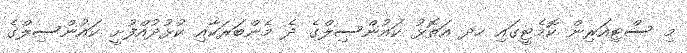
މި ސްޓިއަރިން ކޮމެޓީގައި ހދ އަތޮޅު ކައުންސިލްގެ ދެ މެންބަރަކާއި ކުޅުދުއްފުށީ ކައުންސިލްގެ